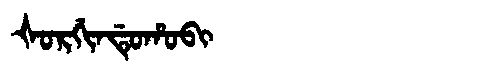
Manchu: ᡧᠣᡵᡤᡳᠨᡩᡠᡥᠣᠪᡳ
Romanization: ŠORGINDUHOBI